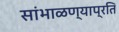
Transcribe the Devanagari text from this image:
सांभाळण्याप्रति